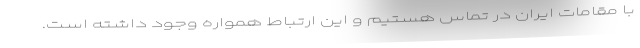
با مقامات ایران در تماس هستیم و این ارتباط همواره وجود داشته است.